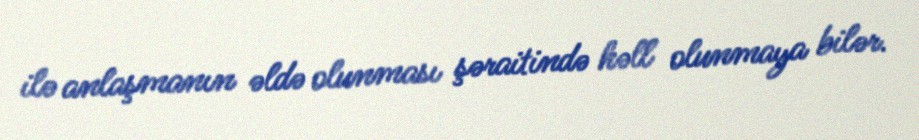
ilə anlaşmanın əldə olunması şəraitində həll olunmaya bilər.